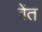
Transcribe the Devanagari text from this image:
वेंत